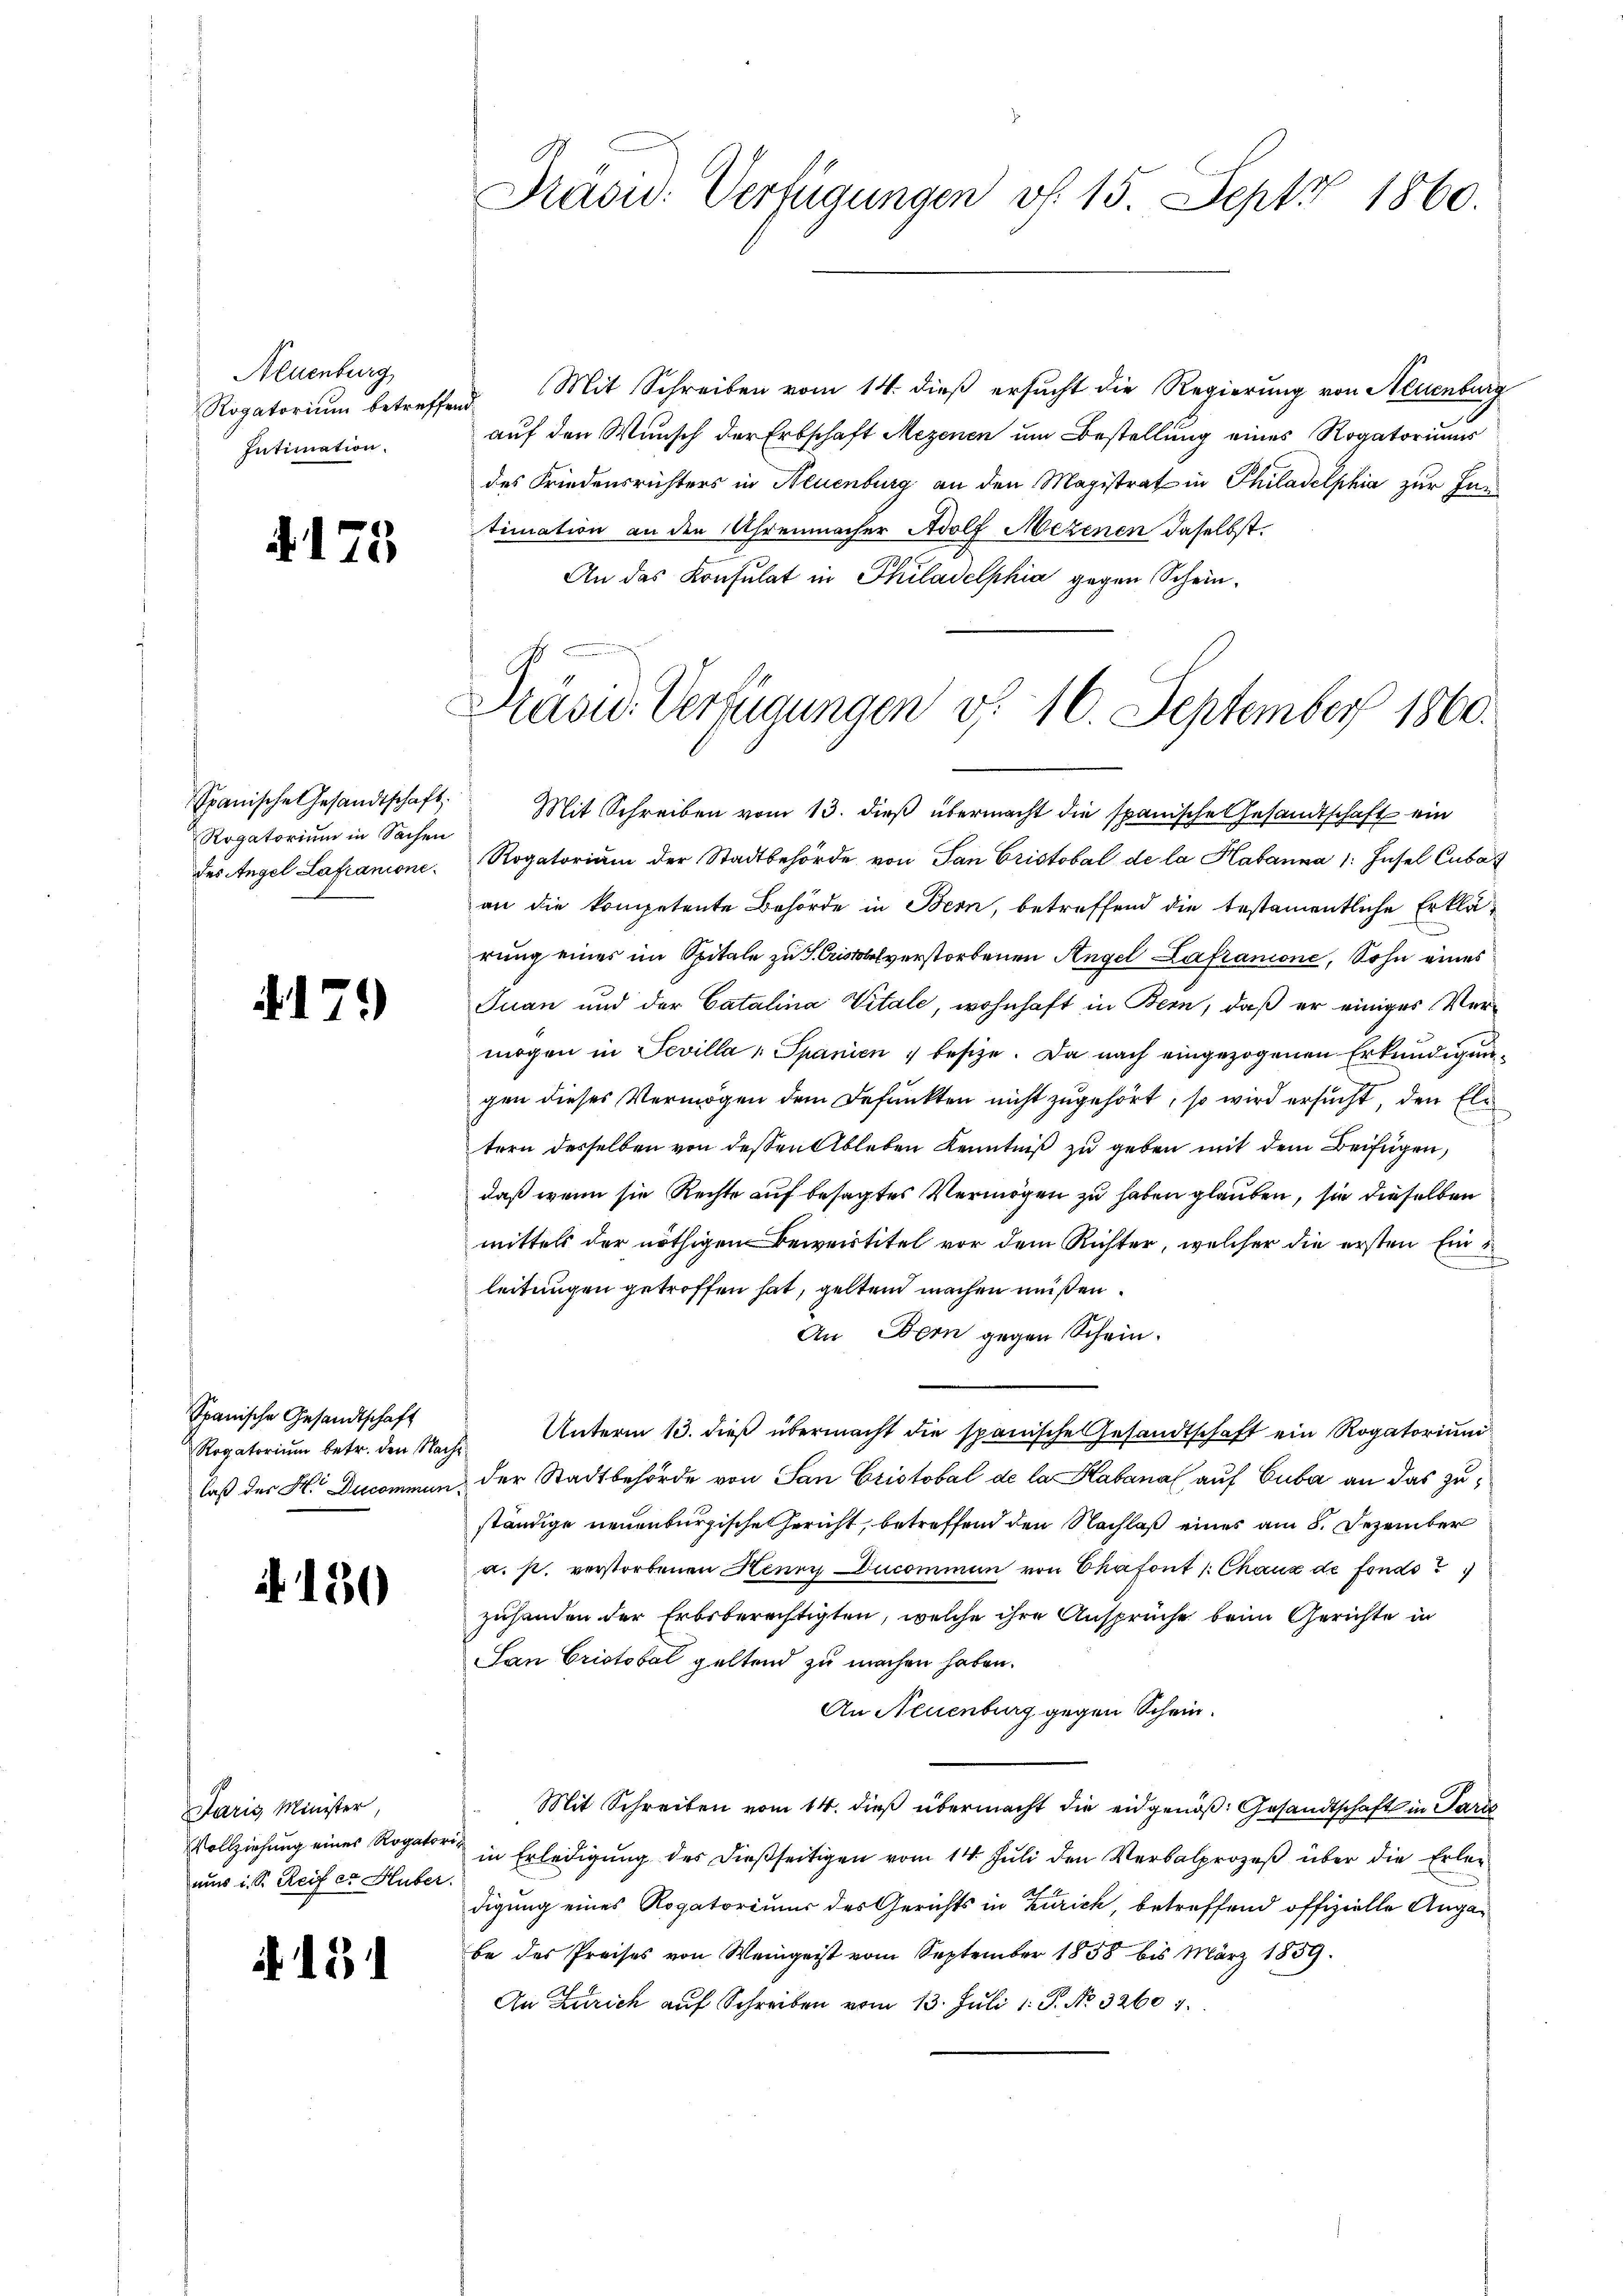
Neuenburg
Rogatorium betreffend.
Intimation.

.

.

15

Spanische Gesandtschaft.
Rogatorium in Sachen
des Angel Lafranone.

)

Spanische Gesandtschaft
Rogatorium betr. den Nach
laß des H. Ducommun

. 130

Paris Minister,
Vollziehung eines Rogatorinus i. S. Reif er Huber.

i. 181

Prasid: Verfügungen v. 15. Sept 1860.

Mit Schreiben vom 14. dieß ersucht die Regierung von Neuenburg
auf den Wunsch der Erbschaft Mezenen um Bestellung eines Rogatoriums
des Friedensrichters in Neuenburg an den Magistrat in Philadelphia zur Han
timation an den Uhrenmacher Adolf Mezenen daselbst.
An das Konsulat in Philadelphia gegen Schein¬

Präsid. Verfügungen v. 10. September 1860.

Mit Schreiben vom 13. dieß übermacht die spanische Gesandtschaft ein
Rogatorium der Stadtbehörde von San Cristobal de la Habanna /: Insel Cubas
an die kompetente Behörde in Bern, betreffend die testamentliche Erklärung eines im Spitale zu S. Cristobelverstorbenen Angel Lafranione, Sohn eines
Juan und der Catalina Vitale, wohnhaft in Bern, daß er einiges Vermögen in Sevilla " Spanien ; besize. Da nach eingezogenen Erkundigungen dieses Vermögen dem Befunkten nicht zugehört, so wird ersucht, den Eli
tern desselben von dessen Ableben Kenntniß zu geben mit dem Beifügen,
daß wenn sie Rechte auf besagtes Vermögen zu haben glauben, sie dieselben
mittels der nöthigen Beweistitel vor dem Richter, welcher die ersten Ein-
leitungen getroffen hat, gelten machen müßen.
An Bern gegen Schein.
 Unterm 13. dieß übermacht die spanische Gesandtschaft ein Rogatorium
der Stadtbehörde von San Cristobal de la Kabanal auf Cuba an das zuständige neuenburgische Gericht, betreffend den Nachlaß eines am 8. Dezember
a. p. verstorbenen Henry Ducommen von Chafont /Chaux de fonds
zuhanden der Erbsberechtigten, welche ihre Ansprüche beim Gerichte in
San Cristobel geltend zu machen haben.
An Neuenburg gegen Schein.
Mit Schreiben vom 14. dieß übermacht die eidgenöß: Gesandtschaft in Paris
in Erledigung des dießseitigen vom 14. Juli den Verbalprozeß über die Erlendigung eines Rogatoriums des Gerichts in Zürich, betreffend offizielle Angabe des Preises von Weingeist vom September 1858 bis März 1859.
An Zürich auf Schreiben vom 13. Juli 1. P. No. 32607.